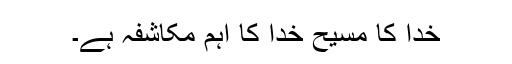
خُدا کا مسیح خُدا کا اہم مکاشفہ ہے۔